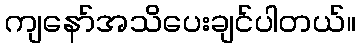
ကျနော်အသိပေးချင်ပါတယ်။